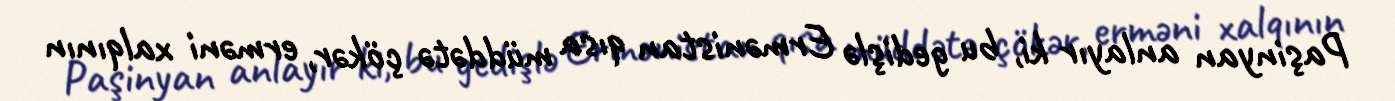
Paşinyan anlayır ki, bu gedişlə Ermənistan qısa müddətə çökər, erməni xalqının